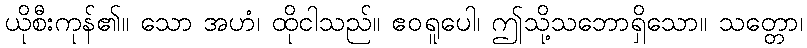
ယိုစီးကုန်၏။ သော အဟံ၊ ထိုငါသည်။ ဧဝရူပေါ၊ ဤသို့သဘောရှိသော။ သတ္တော၊